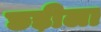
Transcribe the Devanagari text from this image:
छड़ीला